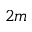
2 m